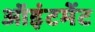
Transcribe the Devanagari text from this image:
ऑइंटमेंट